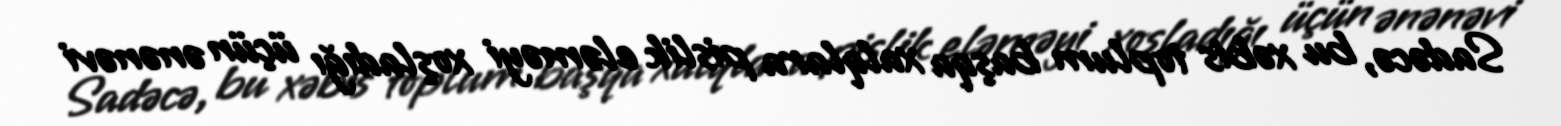
Sadəcə, bu xəbis toplum başqa xalqlara pislik eləməyi xoşladığı üçün ənənəvi